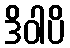
ဒိဝါပိ